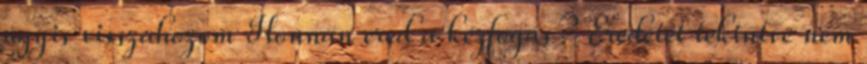
úgyis visszahozom Honnan ered a kézfogás? Eredetét tekintve nem